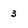
Character: 3